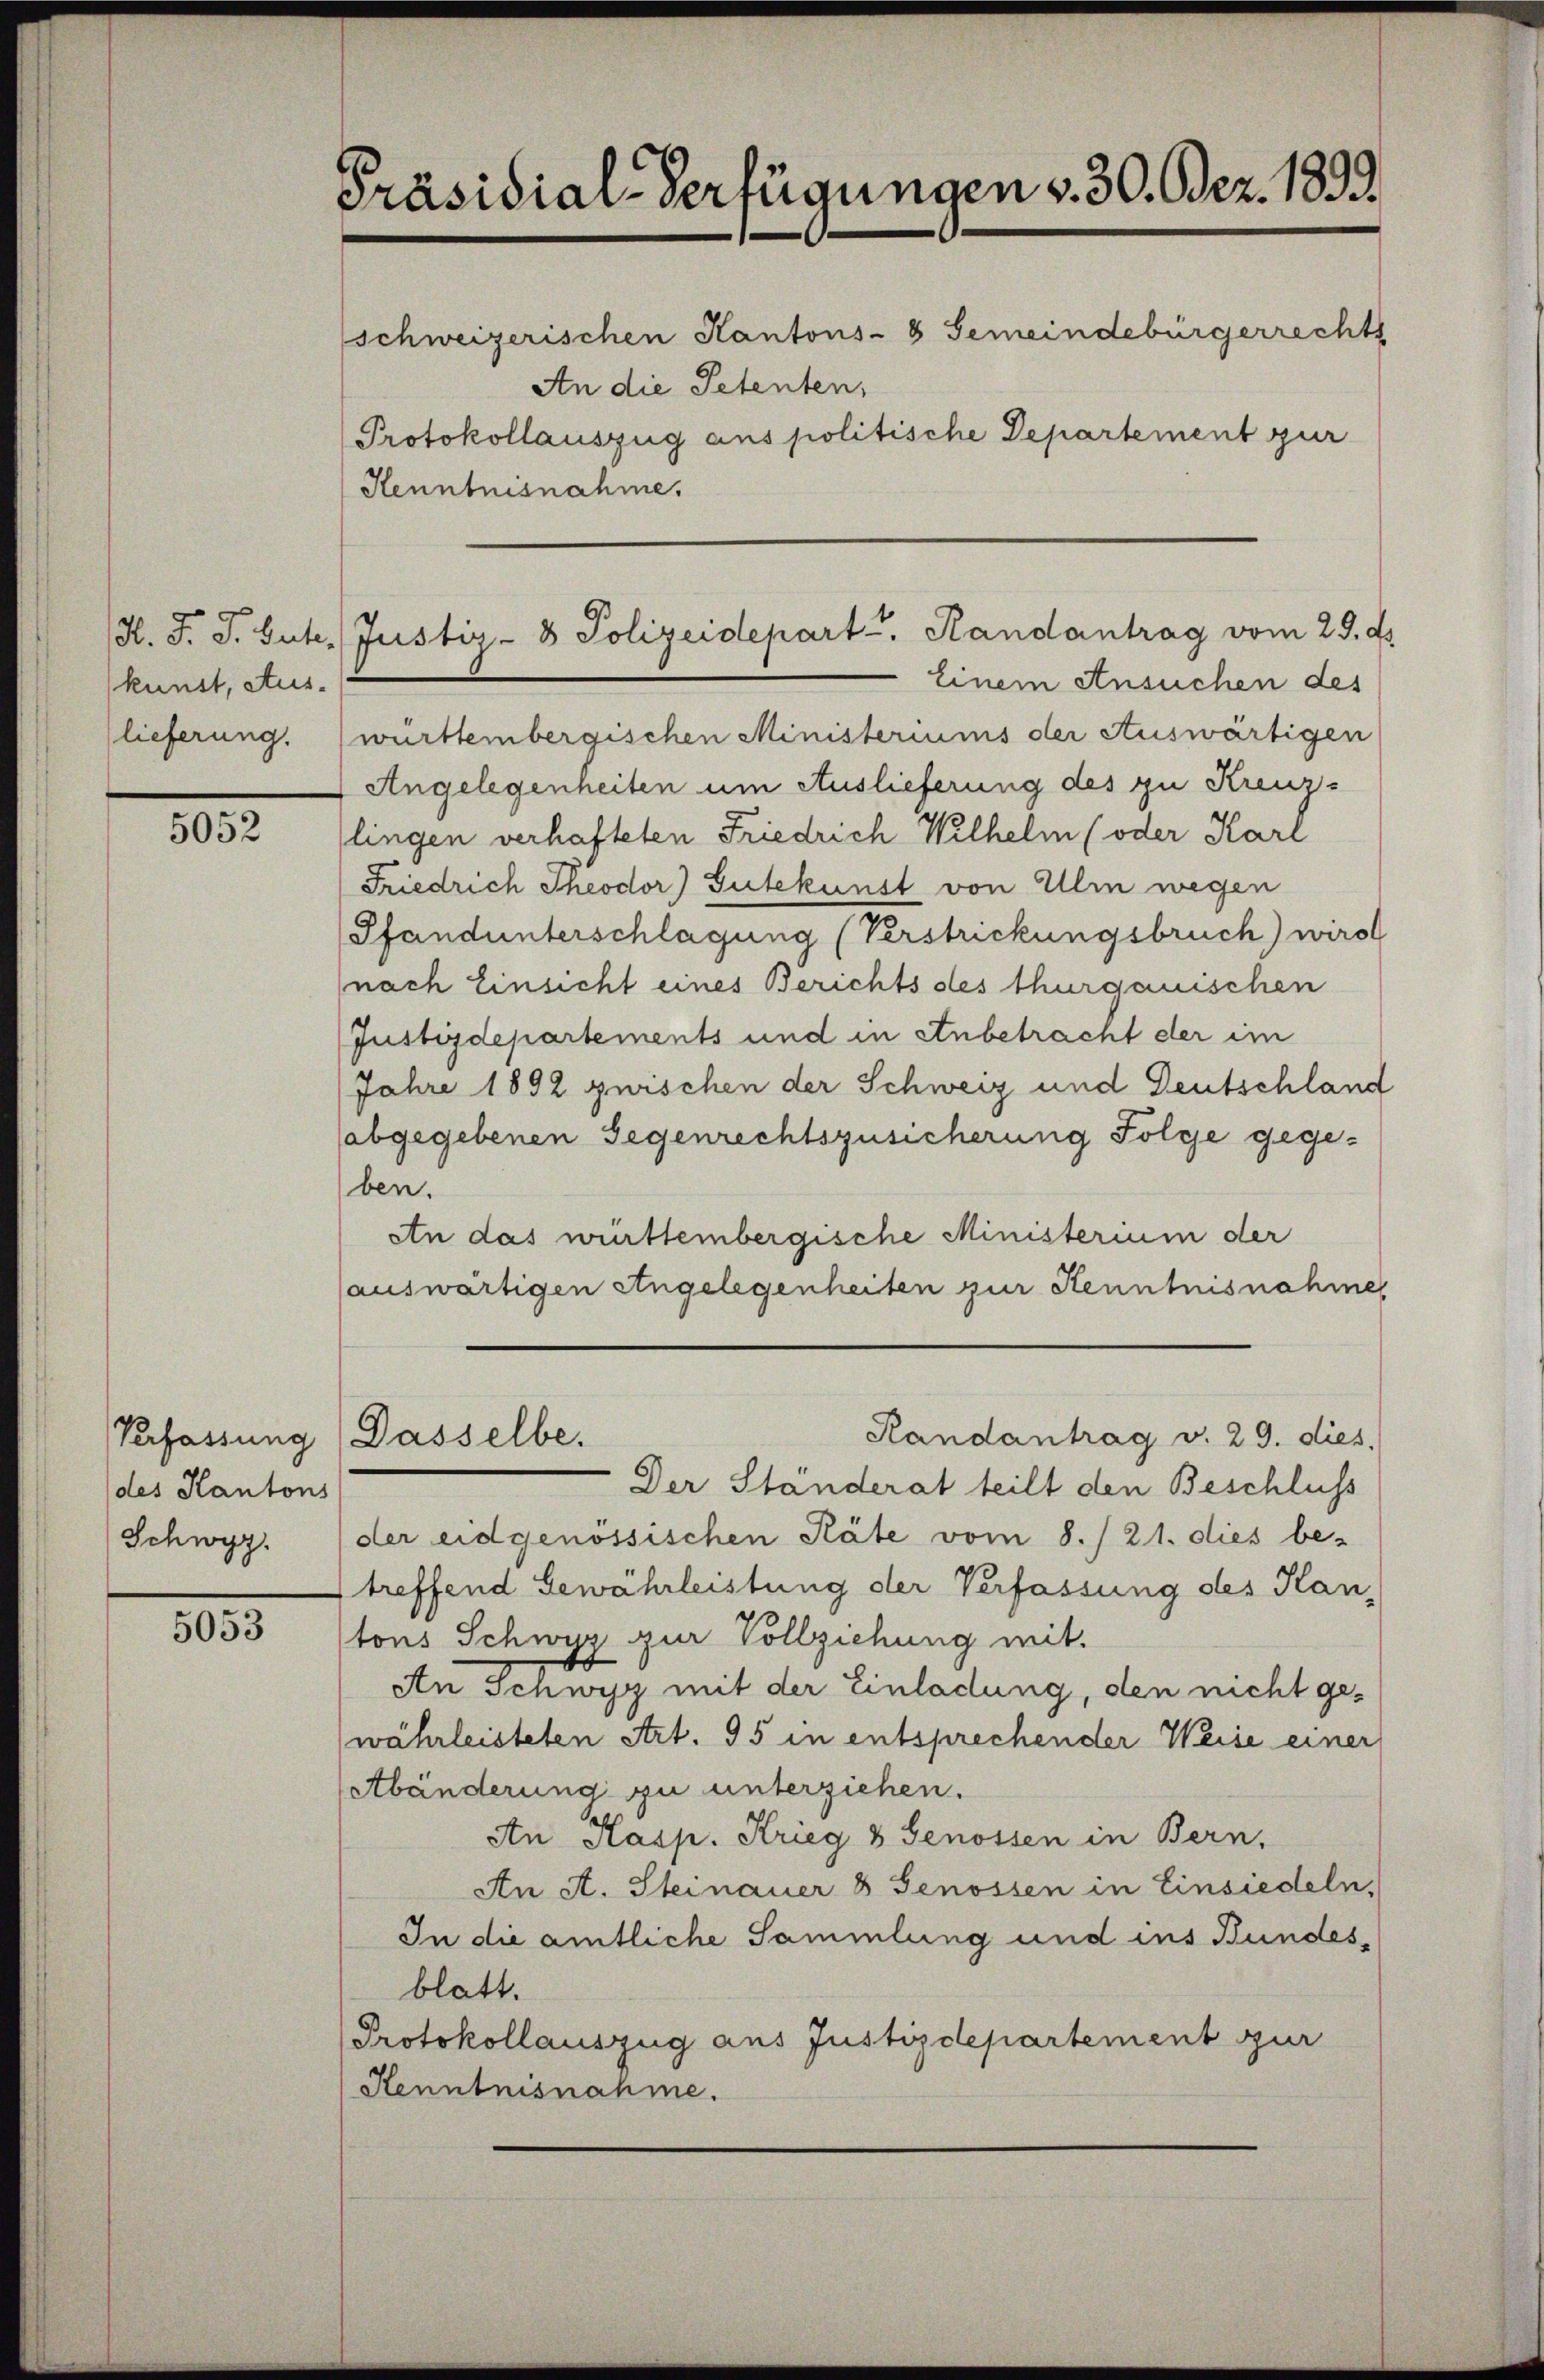
kunst, Aus-

5052

Verfassung
(des Kantons
Schwyz.

835

Präsidial-Verfügungen v. 30. Bez. 1892
schweizerischen Kantons- & Gemeindebürgerrechts
An die Petenten,
Protokollauszug aus politische Departement zur
Kenntnisnahme.

/K. J. J. Gute, Justiz- & Polizeidepart, Randantrag vom 29. d.

Einem Ansuchen des
lieferung. (württembergischen Ministeriums der Auswärtigen
Angelegenheiten um Auslieferung des zu Kreuz-
lingen verhafteten Friedrich Wilhelm (oder Karl
Friedrich Theodor Gutekunst von Ulm wegen
Pfandunterschlagung (Verstrickungsbruch) wird
nach Einsicht eines Berichts des thurganischen
Justizdepartements und in Anbetracht der im
Jahre 1892 zwischen der Schweiz und Deutschland
abgegebenen Gegenrechtszusicherung Folge gegeben.
An das württembergische Ministerium der
auswärtigen Angelegenheiten zur Kenntnisnahme
Randantrag v. 29. dies
Dasselbe.
Der Standerat teilt den Beschluss
der eidgenössischen Räte vom 8./21. dies be-
treffend Gewährleistung der Verfassung des Hantons Schwyz zur Vollziehung mit.
An Schwyz mit der Einladung, den nicht gewährleisteten Art. 95 in entsprechender Weise einer
tbänderung zu unterziehen.
An Kasp. Krieg & Genossen in Bern,
An A. Steinauer 8 Genossen in Einsiedeln,
In die amtliche Sammlung und ins Bundesblatt.
Protokollauszug aus Justizdepartement zur
Kenntnisnahme.